Document type: Sale
Year: 1461
Scribe: [Unknown]
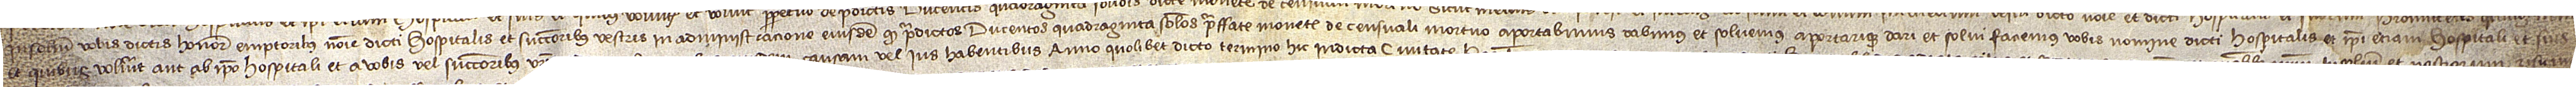
/ insolidum vobis dictis honorabilibus emptoribus nomine dicti hospitalis et successoribus vestris in administracione eiusdem quod predictis ducentos quadraginta solidos preffate monete de censualis mortuo aportabimus, dabimus et solvemus aportarique dari et solvi faciemus vobis nomine dicti hospitalis et ipsi etiam hospitali et suis